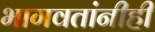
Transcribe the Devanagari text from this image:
भागवतांनीही